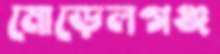
মোড়েলগঞ্জ